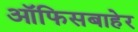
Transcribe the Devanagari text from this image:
ऑफिसबाहेर